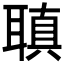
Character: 𦗀